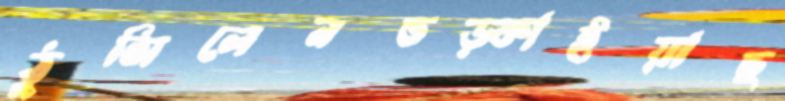
ঠুসিলেনভড়্‌কাইয়াছ